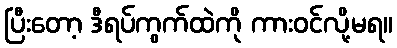
ပြီးတော့ ဒီရပ်ကွက်ထဲကို ကားဝင်လို့မရ။